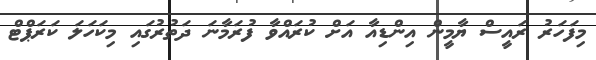
މިފަހަރު ރައީސް ޔާމީން އިންޑިއާ އަށް ކުރައްވާ ފުރަމާނަ ދަތުރުގައި މިކަހަލަ ކަރަޕްޓް